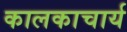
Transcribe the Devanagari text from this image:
कालकाचार्य